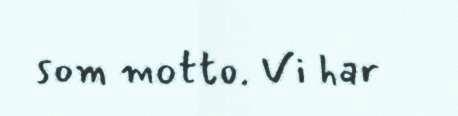
som motto. Vi har